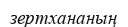
зертхананың